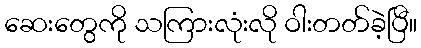
ဆေးတွေကို သကြားလုံးလို ဝါးတတ်ခဲ့ပြီ။